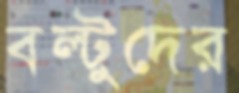
বল্টুদের